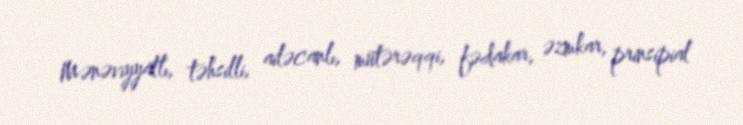
Mənəviyyatlı, təhsilli, ailəcanlı, mütərəqqi, fədakar, əzmkar, prinsipial